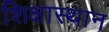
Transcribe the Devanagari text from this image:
शिक्षास्थान